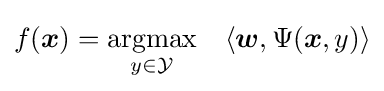
f({\boldsymbol {x}})={\underset {y\in {\mathcal {Y}}}{\textrm {argmax}}}\quad \langle {\boldsymbol {w}},\Psi ({\boldsymbol {x}},y)\rangle